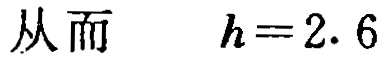
从而\(h = 2.6\)